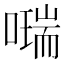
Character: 𠿩